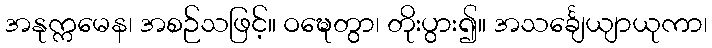
အနုက္ကမေန၊ အစဉ်သဖြင့်။ ဝဍ္ဎေတွာ၊ တိုးပွား၍။ အသင်္ချေယျာယုကာ၊